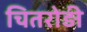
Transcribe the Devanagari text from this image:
चितरोड़ी